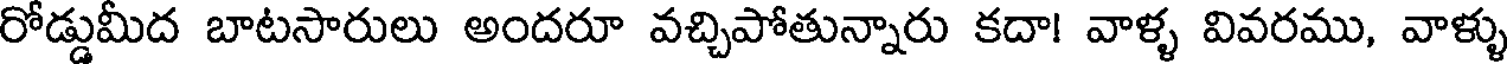
రోడ్డుమీద బాటసారులు అందరూ వచ్చిపోతున్నారు కదా! వాళ్ళ వివరము, వాళ్ళు